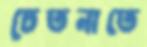
চেতনাতে